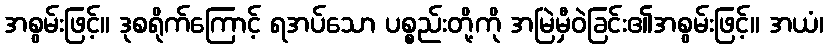
အစွမ်းဖြင့်။ ဒုစရိုက်ကြောင့် ရအပ်သော ပစ္စည်းတို့ကို အမြဲမှီဝဲခြင်း၏အစွမ်းဖြင့်။ အယံ၊